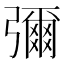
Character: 彌